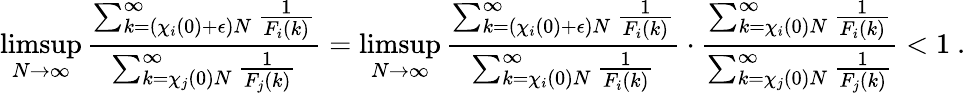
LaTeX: \operatorname*{limsup}_{N\to\infty}\frac{\sum_{k=(\chi_{i}(0)+\epsilon)N}^{\infty}\frac{1}{F_{i}(k)}}{\sum_{k=\chi_{j}(0)N}^{\infty}\frac{1}{F_{j}(k)}}=\operatorname*{limsup}_{N\to\infty}\frac{\sum_{k=(\chi_{i}(0)+\epsilon)N}^{\infty}\frac{1}{F_{i}(k)}}{\sum_{k=\chi_{i}(0)N}^{\infty}\frac{1}{F_{i}(k)}}\cdot\frac{\sum_{k=\chi_{i}(0)N}^{\infty}\frac{1}{F_{i}(k)}}{\sum_{k=\chi_{j}(0)N}^{\infty}\frac{1}{F_{j}(k)}}<1\ .